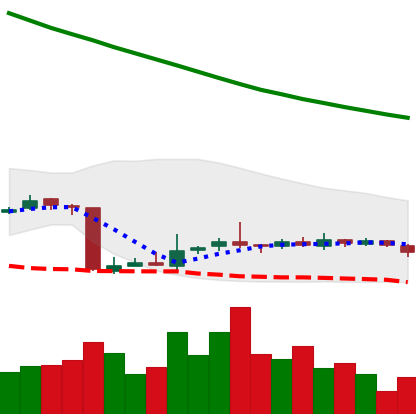
Ticker: NEO-USD
Chart end date: 2018-10-26
Forward return: -5.595%
Label: down_5_7